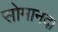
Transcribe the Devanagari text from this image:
सोमानंद।